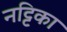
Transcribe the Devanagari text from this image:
नट्टिका